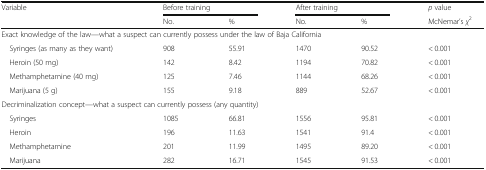
<table><thead><tr><td rowspan="2"><b>Variable</b></td><td colspan="2"><b>Before training</b></td><td colspan="2"><b>After training</b></td><td><b><i>p</i> value</b></td></tr><tr><td><b>No.</b></td><td><b>%</b></td><td><b>No.</b></td><td><b>%</b></td><td><b>McNemar’s <i>χ</i><sup>2</sup></b></td></tr></thead><tbody><tr><td colspan="6">Exact knowledge of the law—what a suspect can currently possess under the law of Baja California</td></tr><tr><td> Syringes (as many as they want)</td><td>908</td><td>55.91</td><td>1470</td><td>90.52</td><td>&lt; 0.001</td></tr><tr><td> Heroin (50 mg)</td><td>142</td><td>8.42</td><td>1194</td><td>70.82</td><td>&lt; 0.001</td></tr><tr><td> Methamphetamine (40 mg)</td><td>125</td><td>7.46</td><td>1144</td><td>68.26</td><td>&lt; 0.001</td></tr><tr><td> Marijuana (5 g)</td><td>155</td><td>9.18</td><td>889</td><td>52.67</td><td>&lt; 0.001</td></tr><tr><td colspan="6">Decriminalization concept—what a suspect can currently possess (any quantity)</td></tr><tr><td> Syringes</td><td>1085</td><td>66.81</td><td>1556</td><td>95.81</td><td>&lt; 0.001</td></tr><tr><td> Heroin</td><td>196</td><td>11.63</td><td>1541</td><td>91.4</td><td>&lt; 0.001</td></tr><tr><td> Methamphetamine</td><td>201</td><td>11.99</td><td>1495</td><td>89.20</td><td>&lt; 0.001</td></tr><tr><td> Marijuana</td><td>282</td><td>16.71</td><td>1545</td><td>91.53</td><td>&lt; 0.001</td></tr></tbody></table>